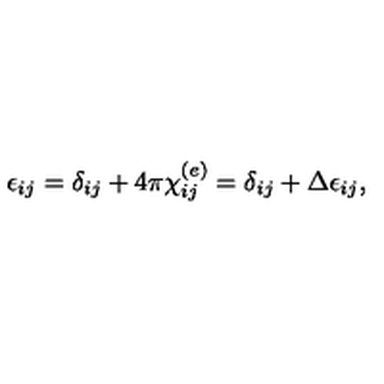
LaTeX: \epsilon _ { i j } = \delta _ { i j } + 4 \pi \chi _ { i j } ^ { ( e ) } = \delta _ { i j } + \Delta \epsilon _ { i j } ,